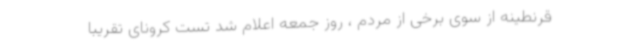
قرنطینه از سوی برخی از مردم ، روز جمعه اعلام شد تست کرونای تقریباً